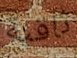
ثاقبة